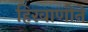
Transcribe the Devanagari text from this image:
हिरवाणीने